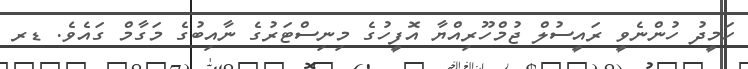
ހަމީދު ހުންނެވީ ރައީސުލް ޖުމްހޫރިއްޔާ އޮފީހުގެ މިނިސްޓަރުގެ ނާއިބުގެ މަގާމް ގައެވެ. ޑރ